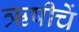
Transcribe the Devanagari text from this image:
ऋषीचें